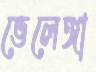
ভেলেঙ্গা